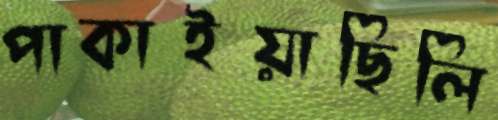
পাকাইয়াছিলি